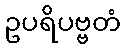
ဥပရိပဗ္ဗတံ